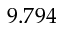
9 . 7 9 4